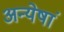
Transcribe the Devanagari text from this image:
अन्येषां